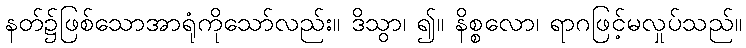
နတ်၌ဖြစ်သောအာရုံကိုသော်လည်း။ ဒိသွာ၊ ၍။ နိစ္စလော၊ ရာဂဖြင့်မလှုပ်သည်။